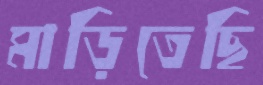
মাড়িতেছি